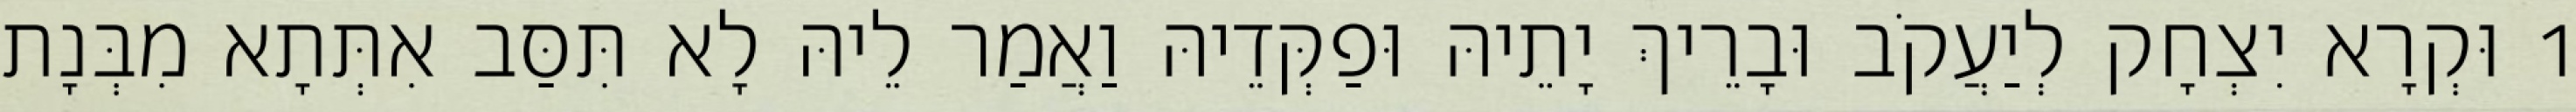
1 וּקְרָא יִצְחָק לְיַעֲקֹב וּבָרֵיךְ יָתֵיהּ וּפַקְּדֵיהּ וַאֲמַר לֵיהּ לָא תִּסַּב אִתְּתָא מִבְּנָת